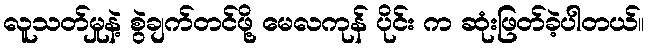
လူသတ်မှုနဲ့ စွဲချက်တင်ဖို့ မေလကုန် ပိုင်း က ဆုံးဖြတ်ခဲ့ပါတယ်။